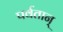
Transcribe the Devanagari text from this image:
पर्वतान्